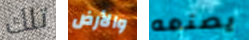
تلك والأرض يصنعه